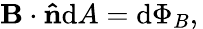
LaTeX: \mathbf{B}\cdot\mathbf{\hat{n}}\mathrm{d}A=\mathrm{d}\Phi_{B},\,